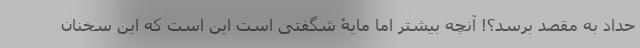
حداد به مقصد برسد؟! آنچه بیشتر اما مایۀ شگفتی است این است که این سخنان